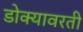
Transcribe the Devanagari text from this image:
डोक्यावरती